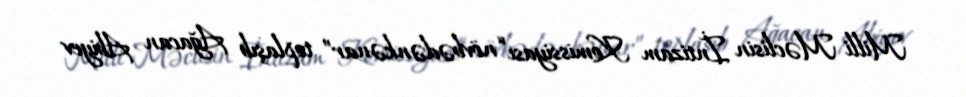
Milli Məclisin İntizam Komissiyası “növbədənkənar” toplaşıb Ağacan Abiyev